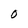
Character: 0